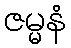
ဇမ္မနံ